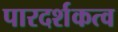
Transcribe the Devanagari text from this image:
पारदर्शकत्व